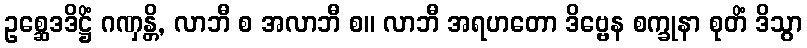
ဥစ္ဆေဒဒိဋ္ဌိံ ဂဏှန္တိ, လာဘီ စ အလာဘီ စ။ လာဘီ အရဟတော ဒိဗ္ဗေန စက္ခုနာ စုတိံ ဒိသွာ